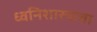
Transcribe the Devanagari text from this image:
ध्वनिशास्त्राचा